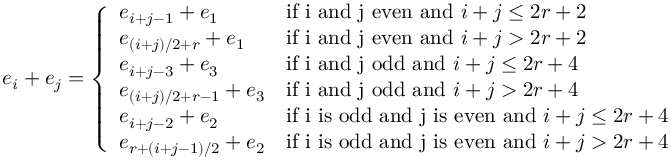
e _ { i } + e _ { j } = \left\{ \begin{array} { l l } { e _ { i + j - 1 } + e _ { 1 } } & { \mathrm { i f ~ i ~ a n d ~ j ~ e v e n ~ a n d ~ } i + j \leq 2 r + 2 } \\ { e _ { ( i + j ) / 2 + r } + e _ { 1 } } & { \mathrm { i f ~ i ~ a n d ~ j ~ e v e n ~ a n d ~ } i + j > 2 r + 2 } \\ { e _ { i + j - 3 } + e _ { 3 } } & { \mathrm { i f ~ i ~ a n d ~ j ~ o d d ~ a n d ~ } i + j \leq 2 r + 4 } \\ { e _ { ( i + j ) / 2 + r - 1 } + e _ { 3 } } & { \mathrm { i f ~ i ~ a n d ~ j ~ o d d ~ a n d ~ } i + j > 2 r + 4 } \\ { e _ { i + j - 2 } + e _ { 2 } } & { \mathrm { i f ~ i ~ i s ~ o d d ~ a n d ~ j ~ i s ~ e v e n ~ a n d ~ } i + j \leq 2 r + 4 } \\ { e _ { r + ( i + j - 1 ) / 2 } + e _ { 2 } } & { \mathrm { i f ~ i ~ i s ~ o d d ~ a n d ~ j ~ i s ~ e v e n ~ a n d ~ } i + j > 2 r + 4 } \end{array} \right.